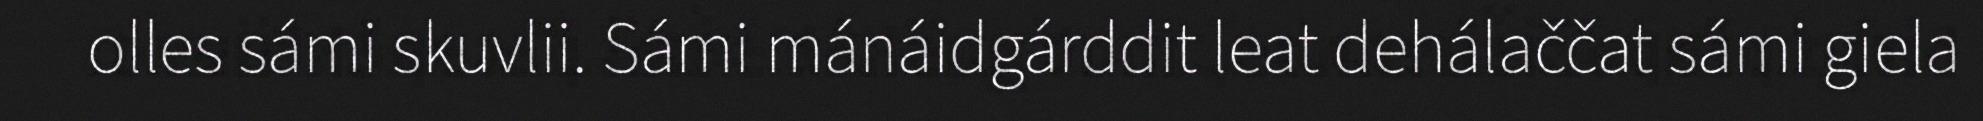
olles sámi skuvlii. Sámi mánáidgárddit leat dehálaččat sámi giela